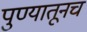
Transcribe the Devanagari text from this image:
पुण्यातूनच